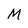
Character: M